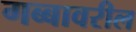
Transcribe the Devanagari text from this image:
गब्बावरील